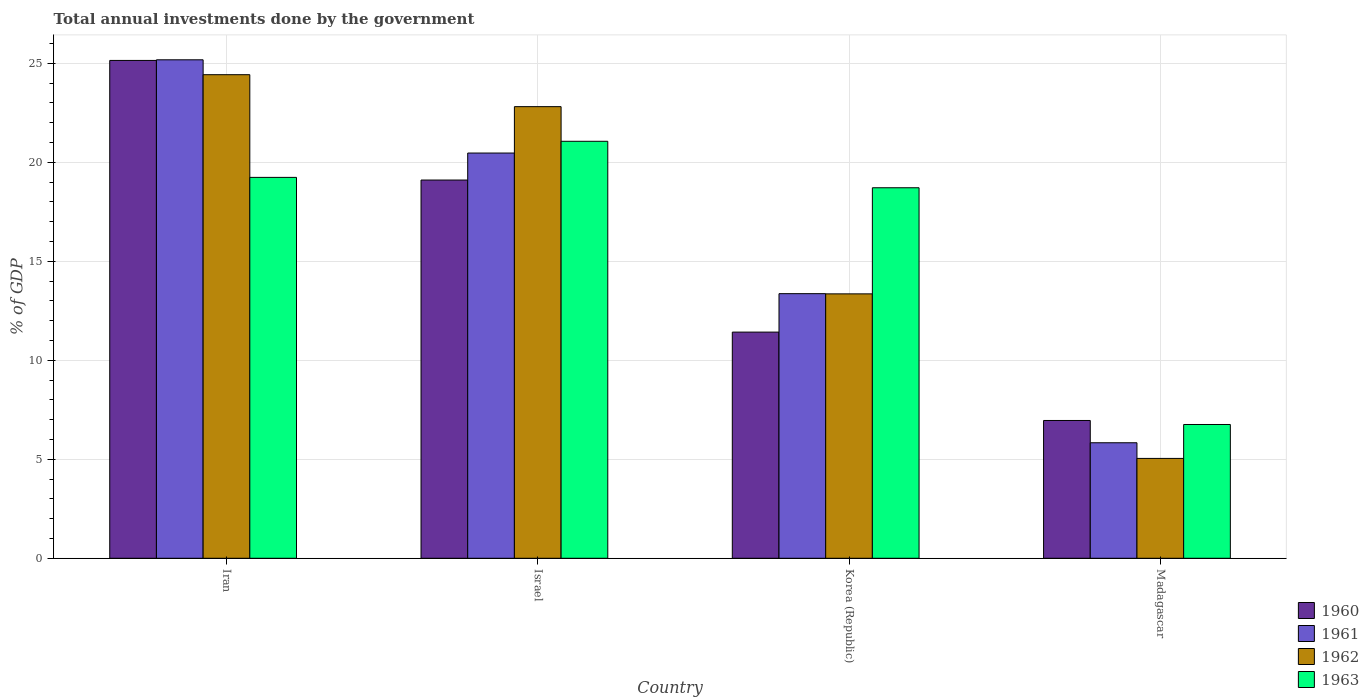
| Country | 1960 | 1961 | 1962 | 1963 |
 | --- | --- | --- | --- | --- |
 | Iran | 25.1 | 25.2 | 24.4 | 19.2 |
 | Israel | 19.1 | 20.5 | 22.8 | 21.1 |
 | Korea (Republic) | 11.4 | 13.4 | 13.4 | 18.7 |
 | Madagascar | 6.96 | 5.84 | 5.04 | 6.76 |